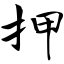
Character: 押